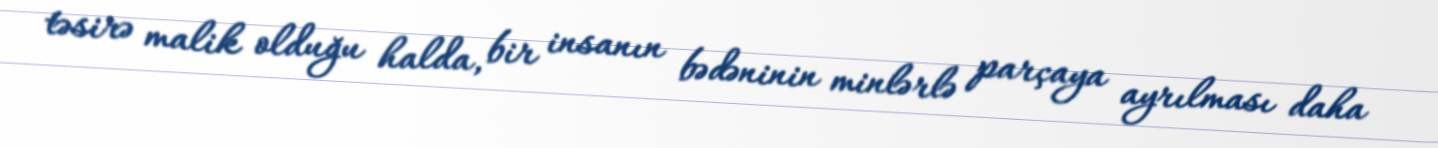
təsirə malik olduğu halda, bir insanın bədəninin minlərlə parçaya ayrılması daha